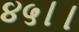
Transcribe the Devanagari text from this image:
४५।।